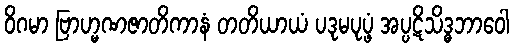
ဝိဂမာ ဗြာဟ္မဏဇာတိကာနံ တတိယာယံ ပဒုမပုပ္ဖံ အပ္ပဋိသိဒ္ဓဘာဝေါ